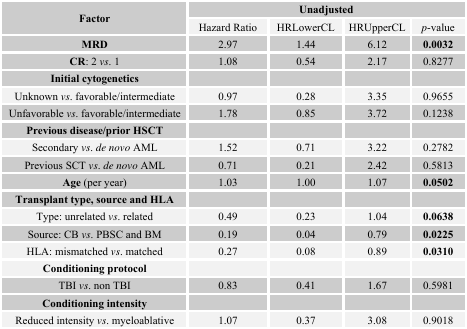
<table><thead><tr><td rowspan="2"><b>Factor</b></td><td colspan="4"><b>Unadjusted</b></td></tr><tr><td><b>Hazard Ratio</b></td><td><b>HRLowerCL</b></td><td><b>HRUpperCL</b></td><td><b><i>p</i>-value</b></td></tr></thead><tbody><tr><td><b>MRD</b></td><td>2.97</td><td>1.44</td><td>6.12</td><td><b>0.0032</b></td></tr><tr><td><b>CR:</b> 2 <i>vs</i>. 1</td><td>1.08</td><td>0.54</td><td>2.17</td><td>0.8277</td></tr><tr><td><b>Initial cytogenetics</b></td><td></td><td></td><td></td><td></td></tr><tr><td>Unknown <i>vs</i>. favorable/intermediate </td><td>0.97</td><td>0.28</td><td>3.35</td><td>0.9655</td></tr><tr><td>Unfavorable <i>vs</i>. favorable/intermediate </td><td>1.78</td><td>0.85</td><td>3.72</td><td>0.1238</td></tr><tr><td><b>Previous disease/prior HSCT</b></td><td></td><td></td><td></td><td></td></tr><tr><td>Secondary <i>vs</i>. <i>de novo</i> AML</td><td>1.52</td><td>0.71</td><td>3.22</td><td>0.2782</td></tr><tr><td>Previous SCT <i>vs</i>. <i>de novo</i> AML</td><td>0.71</td><td>0.21</td><td>2.42</td><td>0.5813</td></tr><tr><td><b>Age</b> (per year)</td><td>1.03</td><td>1.00</td><td>1.07</td><td><b>0.0502</b></td></tr><tr><td><b>Transplant type, source and HLA</b></td><td></td><td></td><td></td><td></td></tr><tr><td>Type: unrelated <i>vs</i>. related</td><td>0.49</td><td>0.23</td><td>1.04</td><td><b>0.0638</b></td></tr><tr><td>Source: CB <i>vs</i>. PBSC and BM</td><td>0.19</td><td>0.04</td><td>0.79</td><td><b>0.0225</b></td></tr><tr><td>HLA: mismatched <i>vs</i>. matched</td><td>0.27</td><td>0.08</td><td>0.89</td><td><b>0.0310</b></td></tr><tr><td><b>Conditioning protocol</b></td><td></td><td></td><td></td><td></td></tr><tr><td>TBI <i>vs</i>. non TBI</td><td>0.83</td><td>0.41</td><td>1.67</td><td>0.5981</td></tr><tr><td><b>Conditioning intensity</b></td><td></td><td></td><td></td><td></td></tr><tr><td>Reduced intensity <i>vs</i>. myeloablative</td><td>1.07</td><td>0.37</td><td>3.08</td><td>0.9018</td></tr></tbody></table>